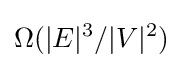
\Omega (|E|^{3}/|V|^{2})